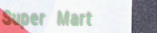
Super Mart